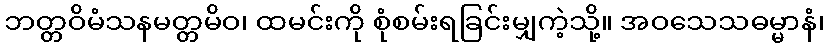
ဘတ္တဝိမံသနမတ္တမိဝ၊ ထမင်းကို စုံစမ်းရခြင်းမျှကဲ့သို့။ အဝသေသဓမ္မာနံ၊